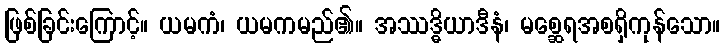
ဖြစ်ခြင်းကြောင့်။ ယမကံ၊ ယမကမည်၏။ အဿဒ္ဓိယာဒီနံ၊ မစ္ဆေရအစရှိကုန်သော။